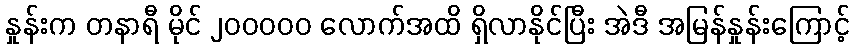
နှုန်းက တနာရီ မိုင် ၂၀၀၀၀၀ လောက်အထိ ရှိလာနိုင်ပြီး အဲဒီ အမြန်နှုန်းကြောင့်